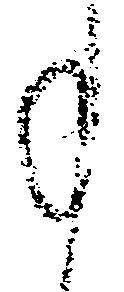
事